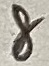
Text: 8